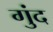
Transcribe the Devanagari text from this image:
गुंद